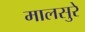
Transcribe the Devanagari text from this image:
मालसुरे